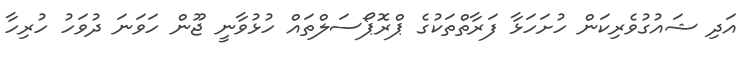
އަދި ޝައުގުވެރިކަން ހުށަހަޅާ ފަރާތްތަކުގެ ޕްރޮޕޯސަލްތައް ހުޅުވާނީ ޖޫން ހަވަނަ ދުވަަހު ހުރިހާ